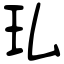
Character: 㺨